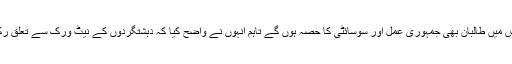
افغان صدر کا کہنا تھا کہ وہ ایسے امن معاہدے کے لیے پرامید ہیں جس میں طالبان بھی جمہوری عمل اور سوسائٹی کا حصہ ہوں گے تاہم انہوں نے واضح کیا کہ دہشتگردوں کے نیٹ ورک سے تعلق رکھنے والی کسی تنظیم کو سیاسی عمل کا حصہ بننے نہیں دیا جائے گا۔